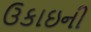
ઉકાઇની